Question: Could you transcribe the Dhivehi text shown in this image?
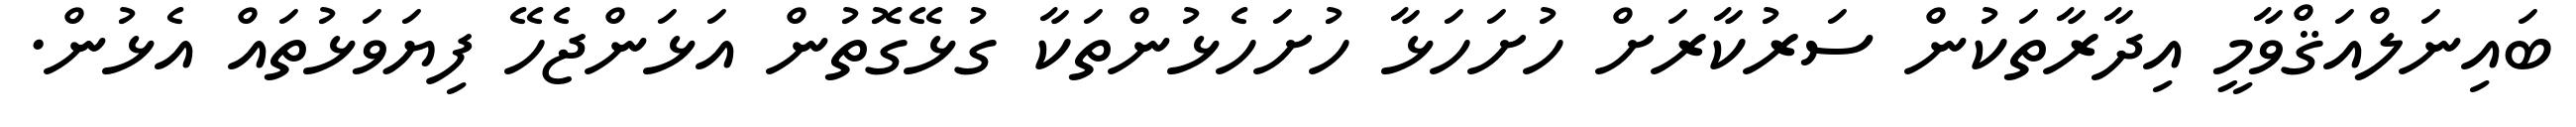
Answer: ބައިނަލްއަޤްވާމީ އިދާރާތަކުން ސަރުކާރަށް ހުށަހަޅާ ހުށަހެޅުންތަކާ ގުޅޭގޮތުން އަޅަންޖެހޭ ފިޔަވަޅުތައް އެޅުން.